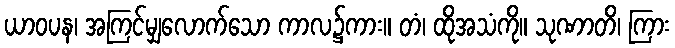
ယာဝပန၊ အကြင်မျှလောက်သော ကာလ၌ကား။ တံ၊ ထိုအသံကို။ သုဏာတိ၊ ကြား